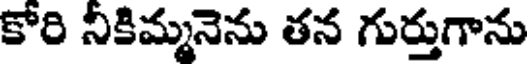
కోరి నికిమ్మనెను తన గుర్తుగాను